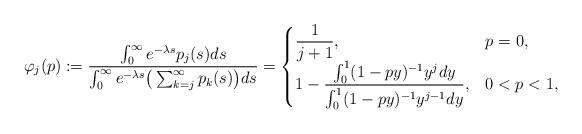
LaTeX: \begin{align*} \varphi_j(p) := \frac{\int_0^\infty e^{-\lambda s} p_j(s) ds}{\int_0^\infty e^{-\lambda s} \big(\sum_{k=j}^\infty p_k(s)\big) ds} = \begin{cases} \dfrac{1}{j+1}, & p=0, \\ 1-\dfrac{ \int_0^{1} (1-p y)^{-1} y^{j} dy}{\int_0^1 (1-py)^{-1} y^{j-1} dy}, & 0<p<1, \end{cases}\end{align*}